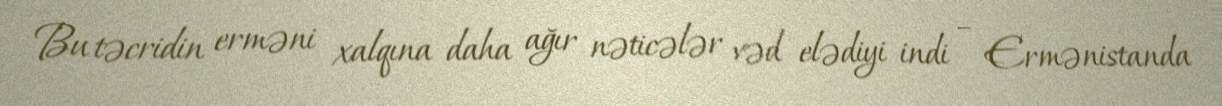
Bu təcridin erməni xalqına daha ağır nəticələr vəd elədiyi indi – Ermənistanda